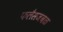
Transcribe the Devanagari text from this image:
फलैसजवळ